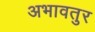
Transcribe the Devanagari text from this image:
अभावतुर